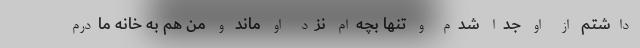
داشتم از او جدا شدم و تنها بچه‌ام نزد او ماند و من هم به خانه مادرم